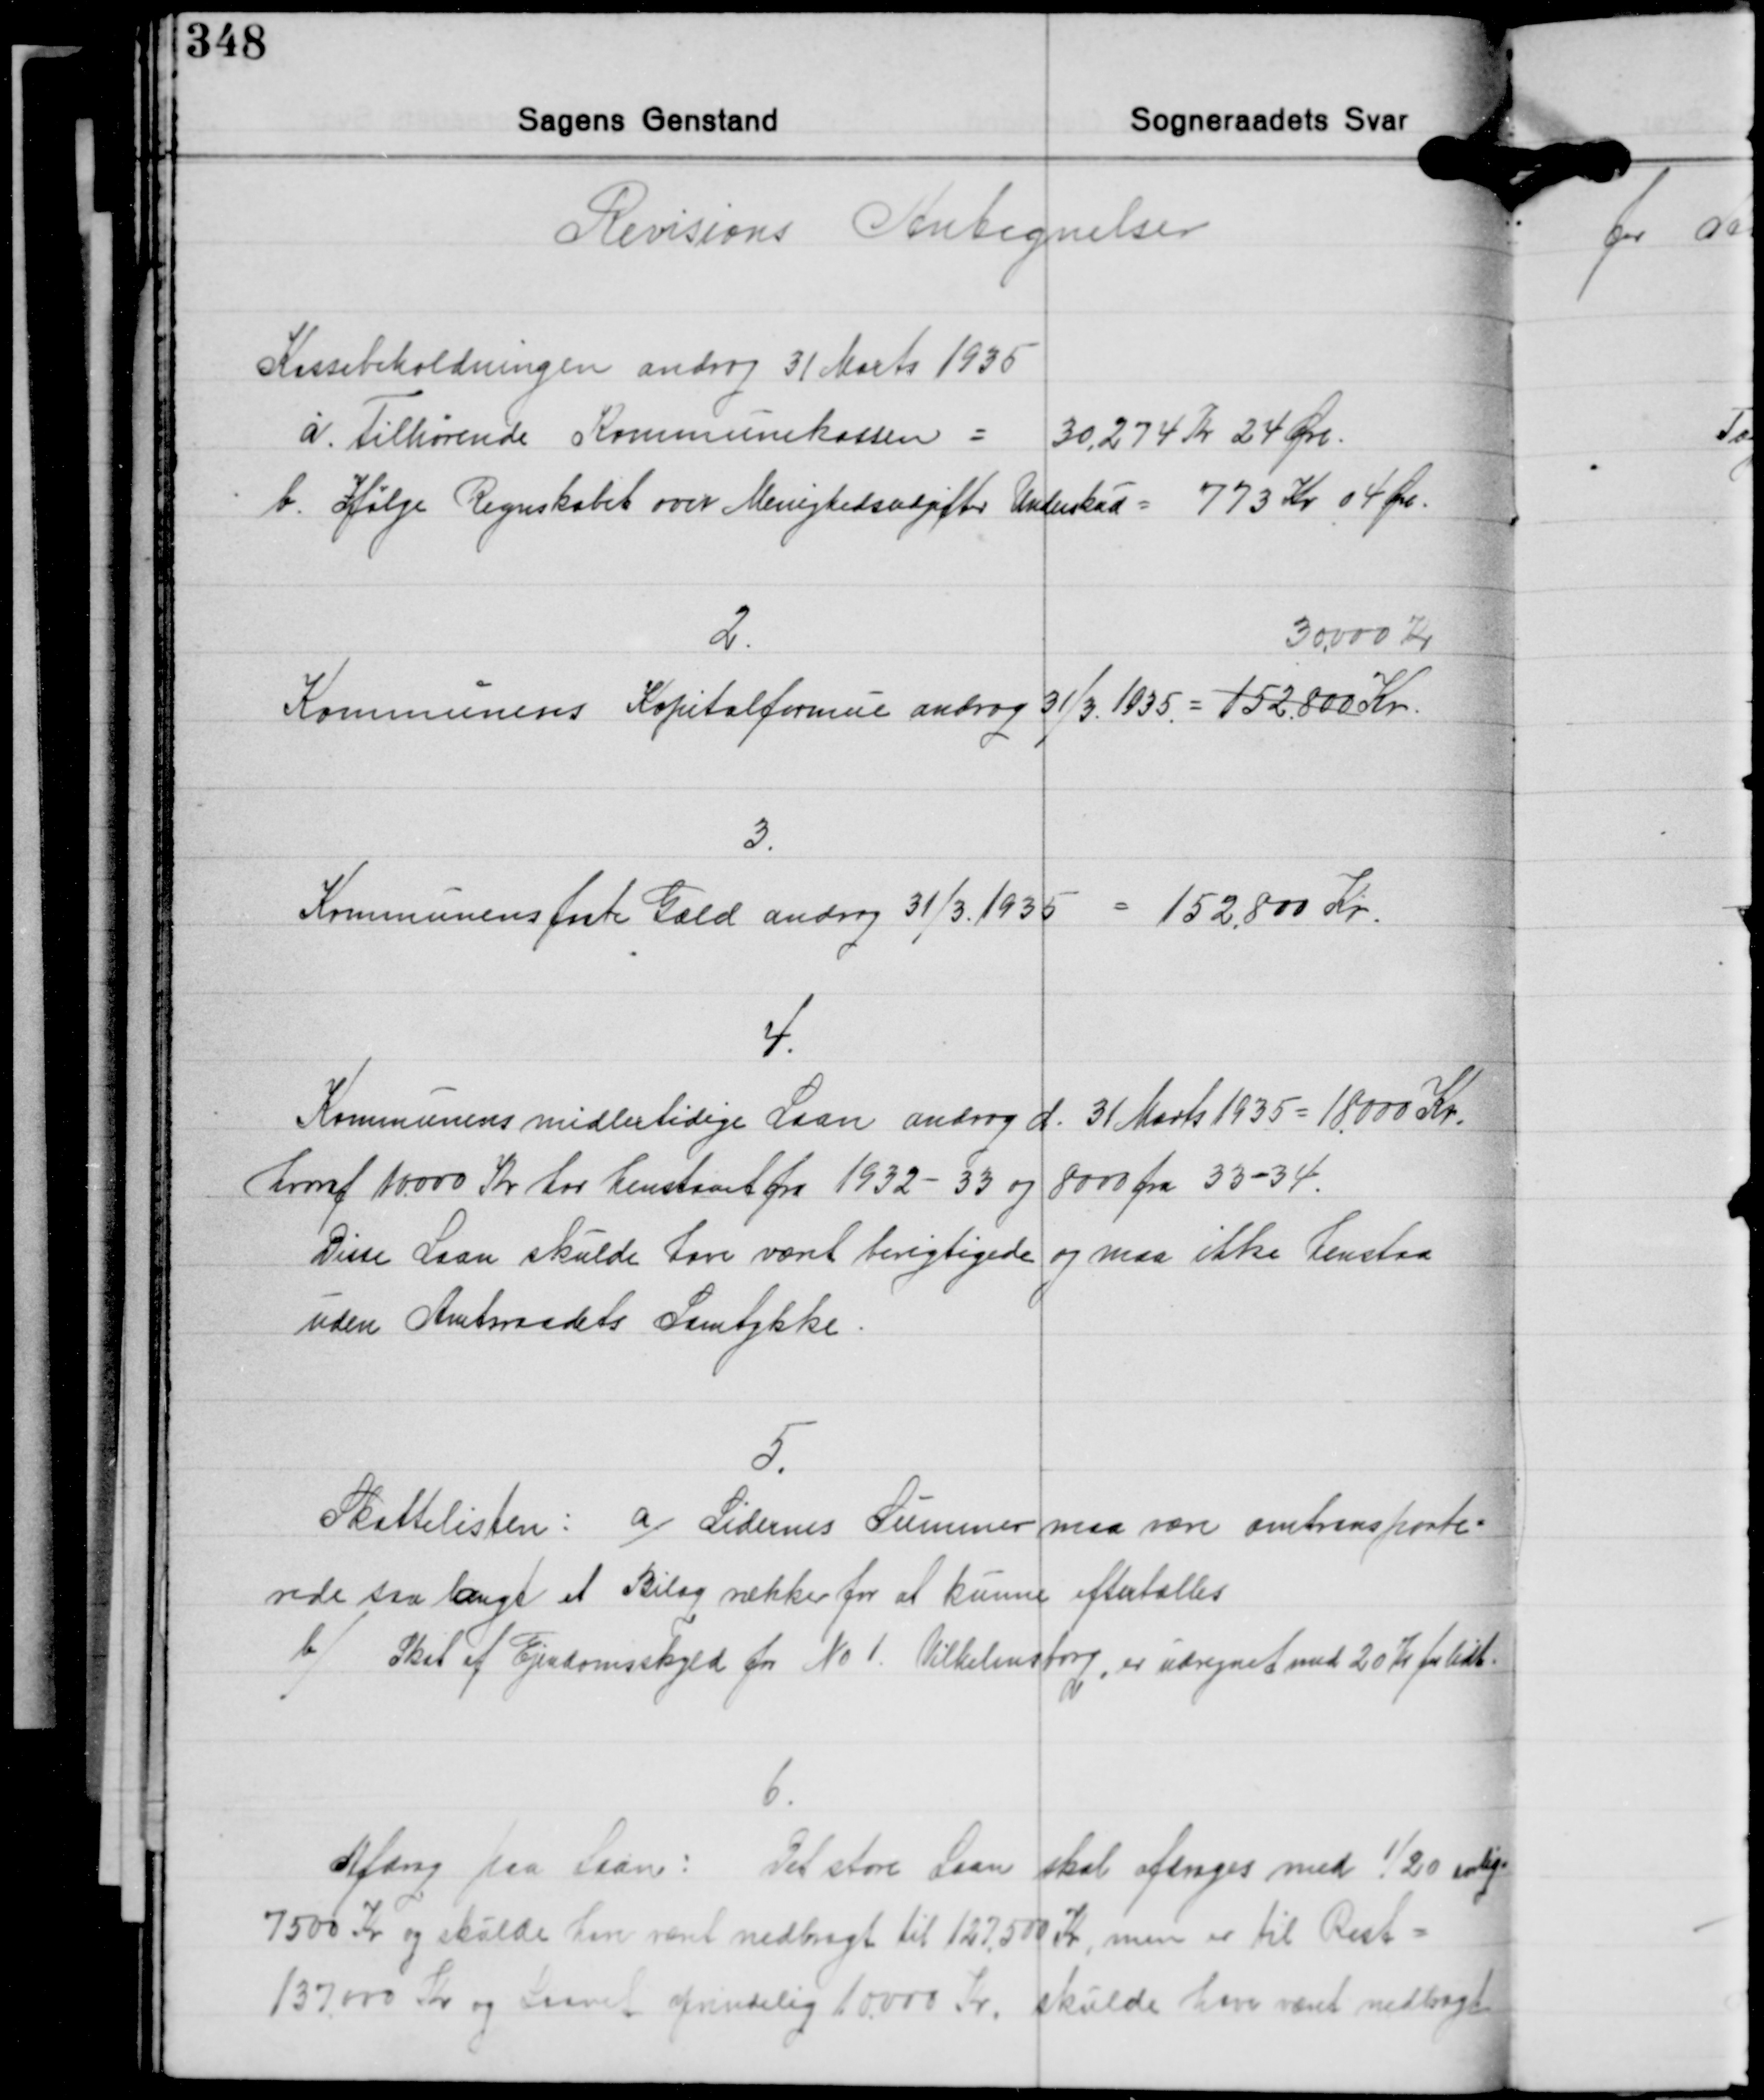
Transskription:
Revisions Antegnelser

Kassebeholdningen androg 31 Marts 1935
a. Tilhørende Kommunekassen = 30.274 Kr 24 Øre.
b. Ifølge Regnskabet over Menighedsudgifter Underskud = 773 Kr. 04 Øre.

2.
30.000 Kr.
Kommunens Kopitalformue androg 31/3. 1935 = 152,800 Kr.

3.
Kommunens faste Gæld androg 31/3. 1935 152.800 Kr.

4.
Kommunens midlertidige Laan androg d. 31 Marts 1935 = 18.000 Kr.
hvoraf 10.000 Kr. har henstaaet fra 1932 - 33 og 8.000 fra 33-34.
Disse Laan skulde have været berigtigede og maa ikke henstaa
uden Amtsraadets Samtykke

5.
Skattelisten: a) Sidernes Summer maa være omtransporte-
rede saa langt et Bilag rækker for at kunne eftertælles
b) Skat af Ejendomsskyld for No 1. Vilhelmsborg, er udregnet med 20 Kr. for lidt.

6.
Afdrag paa Laan: Det store Laan skal afdrages med 1/20 aarlig
7.500 Kr. og skulde have været nedbragt til 127.500 Kr., men er til Rest =
137.000 Kr. og Laanet oprindelig 10.000 Kr. skulde have været nedbagt